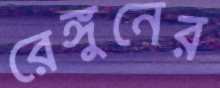
রেঙ্গুনের